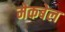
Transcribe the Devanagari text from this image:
मेकबेल